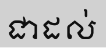
ជាដល់